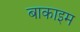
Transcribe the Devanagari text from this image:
बाकाइम